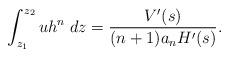
LaTeX: \begin{align*}\int_{z_1}^{z_2}uh^n\;dz=\frac{V'(s)}{(n+1)a_n H'(s)}.\end{align*}